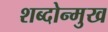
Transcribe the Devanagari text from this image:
शब्दोन्मुख